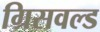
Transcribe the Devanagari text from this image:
ग्रिसवल्ड